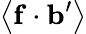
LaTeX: \left\langle\mathbf{f}\cdot\mathbf{b}^{\prime}\right\rangle